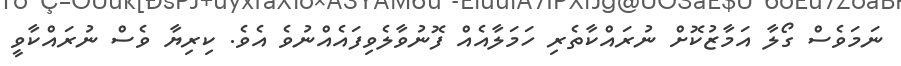
ނަމަވެސް ގޯލާ އަމާޒުކޮށް ނުރައްކާތެރި ހަމަލާއެއް ފޮނުވާލެވިފައެއްނުވެ އެވެ. ކިރިޔާ ވެސް ނުރައްކާވީ